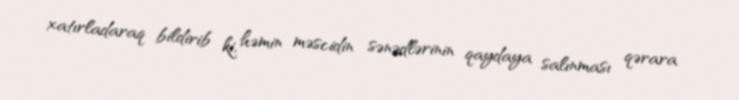
xatırladaraq bildirib ki, həmin məscidin sənədlərinin qaydaya salınması qərara